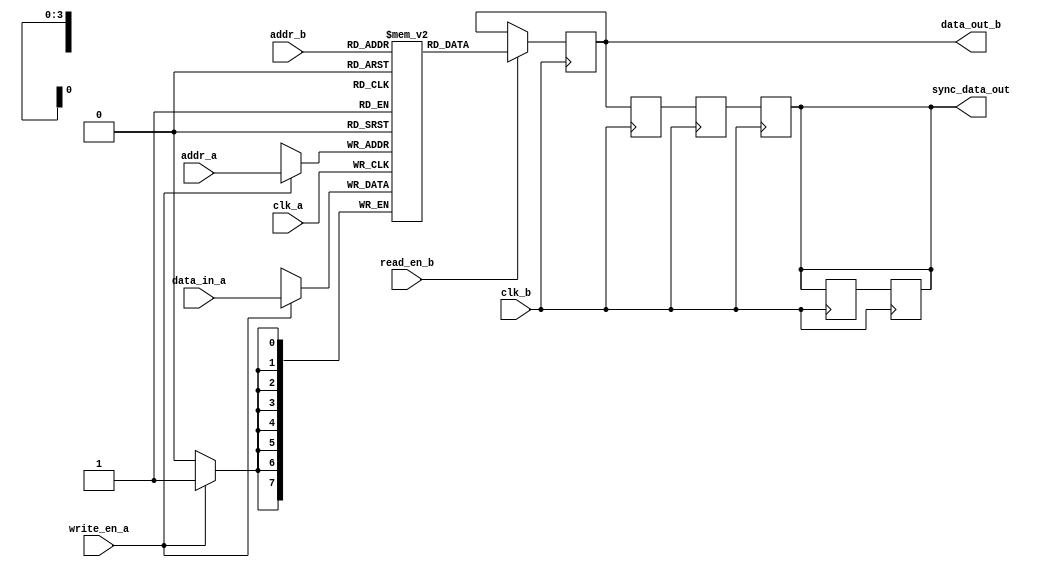
module memory_blocks #(
    parameter DATA_WIDTH = 8,
    parameter ADDR_WIDTH = 4,
    parameter DELAY_CYCLES = 2,
    parameter MEMORY_DEPTH = 16
)(
    input wire clk_a,                // Clock for port A
    input wire clk_b,                // Clock for port B
    input wire [ADDR_WIDTH-1:0] addr_a, // Address for port A
    input wire [ADDR_WIDTH-1:0] addr_b, // Address for port B
    input wire [DATA_WIDTH-1:0] data_in_a, // Data input for port A
    input wire write_en_a,           // Write enable for port A
    input wire read_en_b,            // Read enable for port B
    output reg [DATA_WIDTH-1:0] data_out_b, // Data output for port B
    output reg [DATA_WIDTH-1:0] sync_data_out // Synchronized output data
);

    // Memory array
    reg [DATA_WIDTH-1:0] memory [0:MEMORY_DEPTH-1];

    // Safe Delay Line
    reg [DATA_WIDTH-1:0] delay_line [0:DELAY_CYCLES-1];

    // Control Logic for Write Operation
    always @(posedge clk_a) begin
        if (write_en_a) begin
            memory[addr_a] <= data_in_a; // Write data to memory
        end
    end

    // Control Logic for Read Operation
    always @(posedge clk_b) begin
        if (read_en_b) begin
            data_out_b <= memory[addr_b]; // Read data from memory
        end
    end

    // Safe Delay Line Implementation
    integer i;
    always @(posedge clk_b) begin
        // Shift data through the delay line
        for (i = DELAY_CYCLES-1; i > 0; i = i - 1) begin
            delay_line[i] <= delay_line[i-1];
        end
        delay_line[0] <= data_out_b; // Input to the delay line

        // Output the last stage of the delay line
        sync_data_out <= delay_line[DELAY_CYCLES-1];
    end

    // Synchronization Logic (Dual Flip-Flop Synchronizer)
    reg [DATA_WIDTH-1:0] sync_reg1, sync_reg2;
    always @(posedge clk_b) begin
        sync_reg1 <= sync_data_out; // First stage
        sync_reg2 <= sync_reg1;      // Second stage
    end

    // Final synchronized output
    assign sync_data_out = sync_reg2;

endmodule